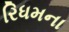
રિધમના